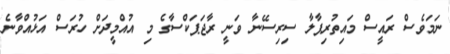
ނަމަވެސް ރައީސް މައިތުރިޕާލާ ސިރިސޭނާ ވަނީ ރާޖަޕަކްސާގެ މި އުއްމީދަށް ހުރަސް އަޅުއްވާނެ